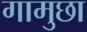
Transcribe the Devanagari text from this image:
गामुछा